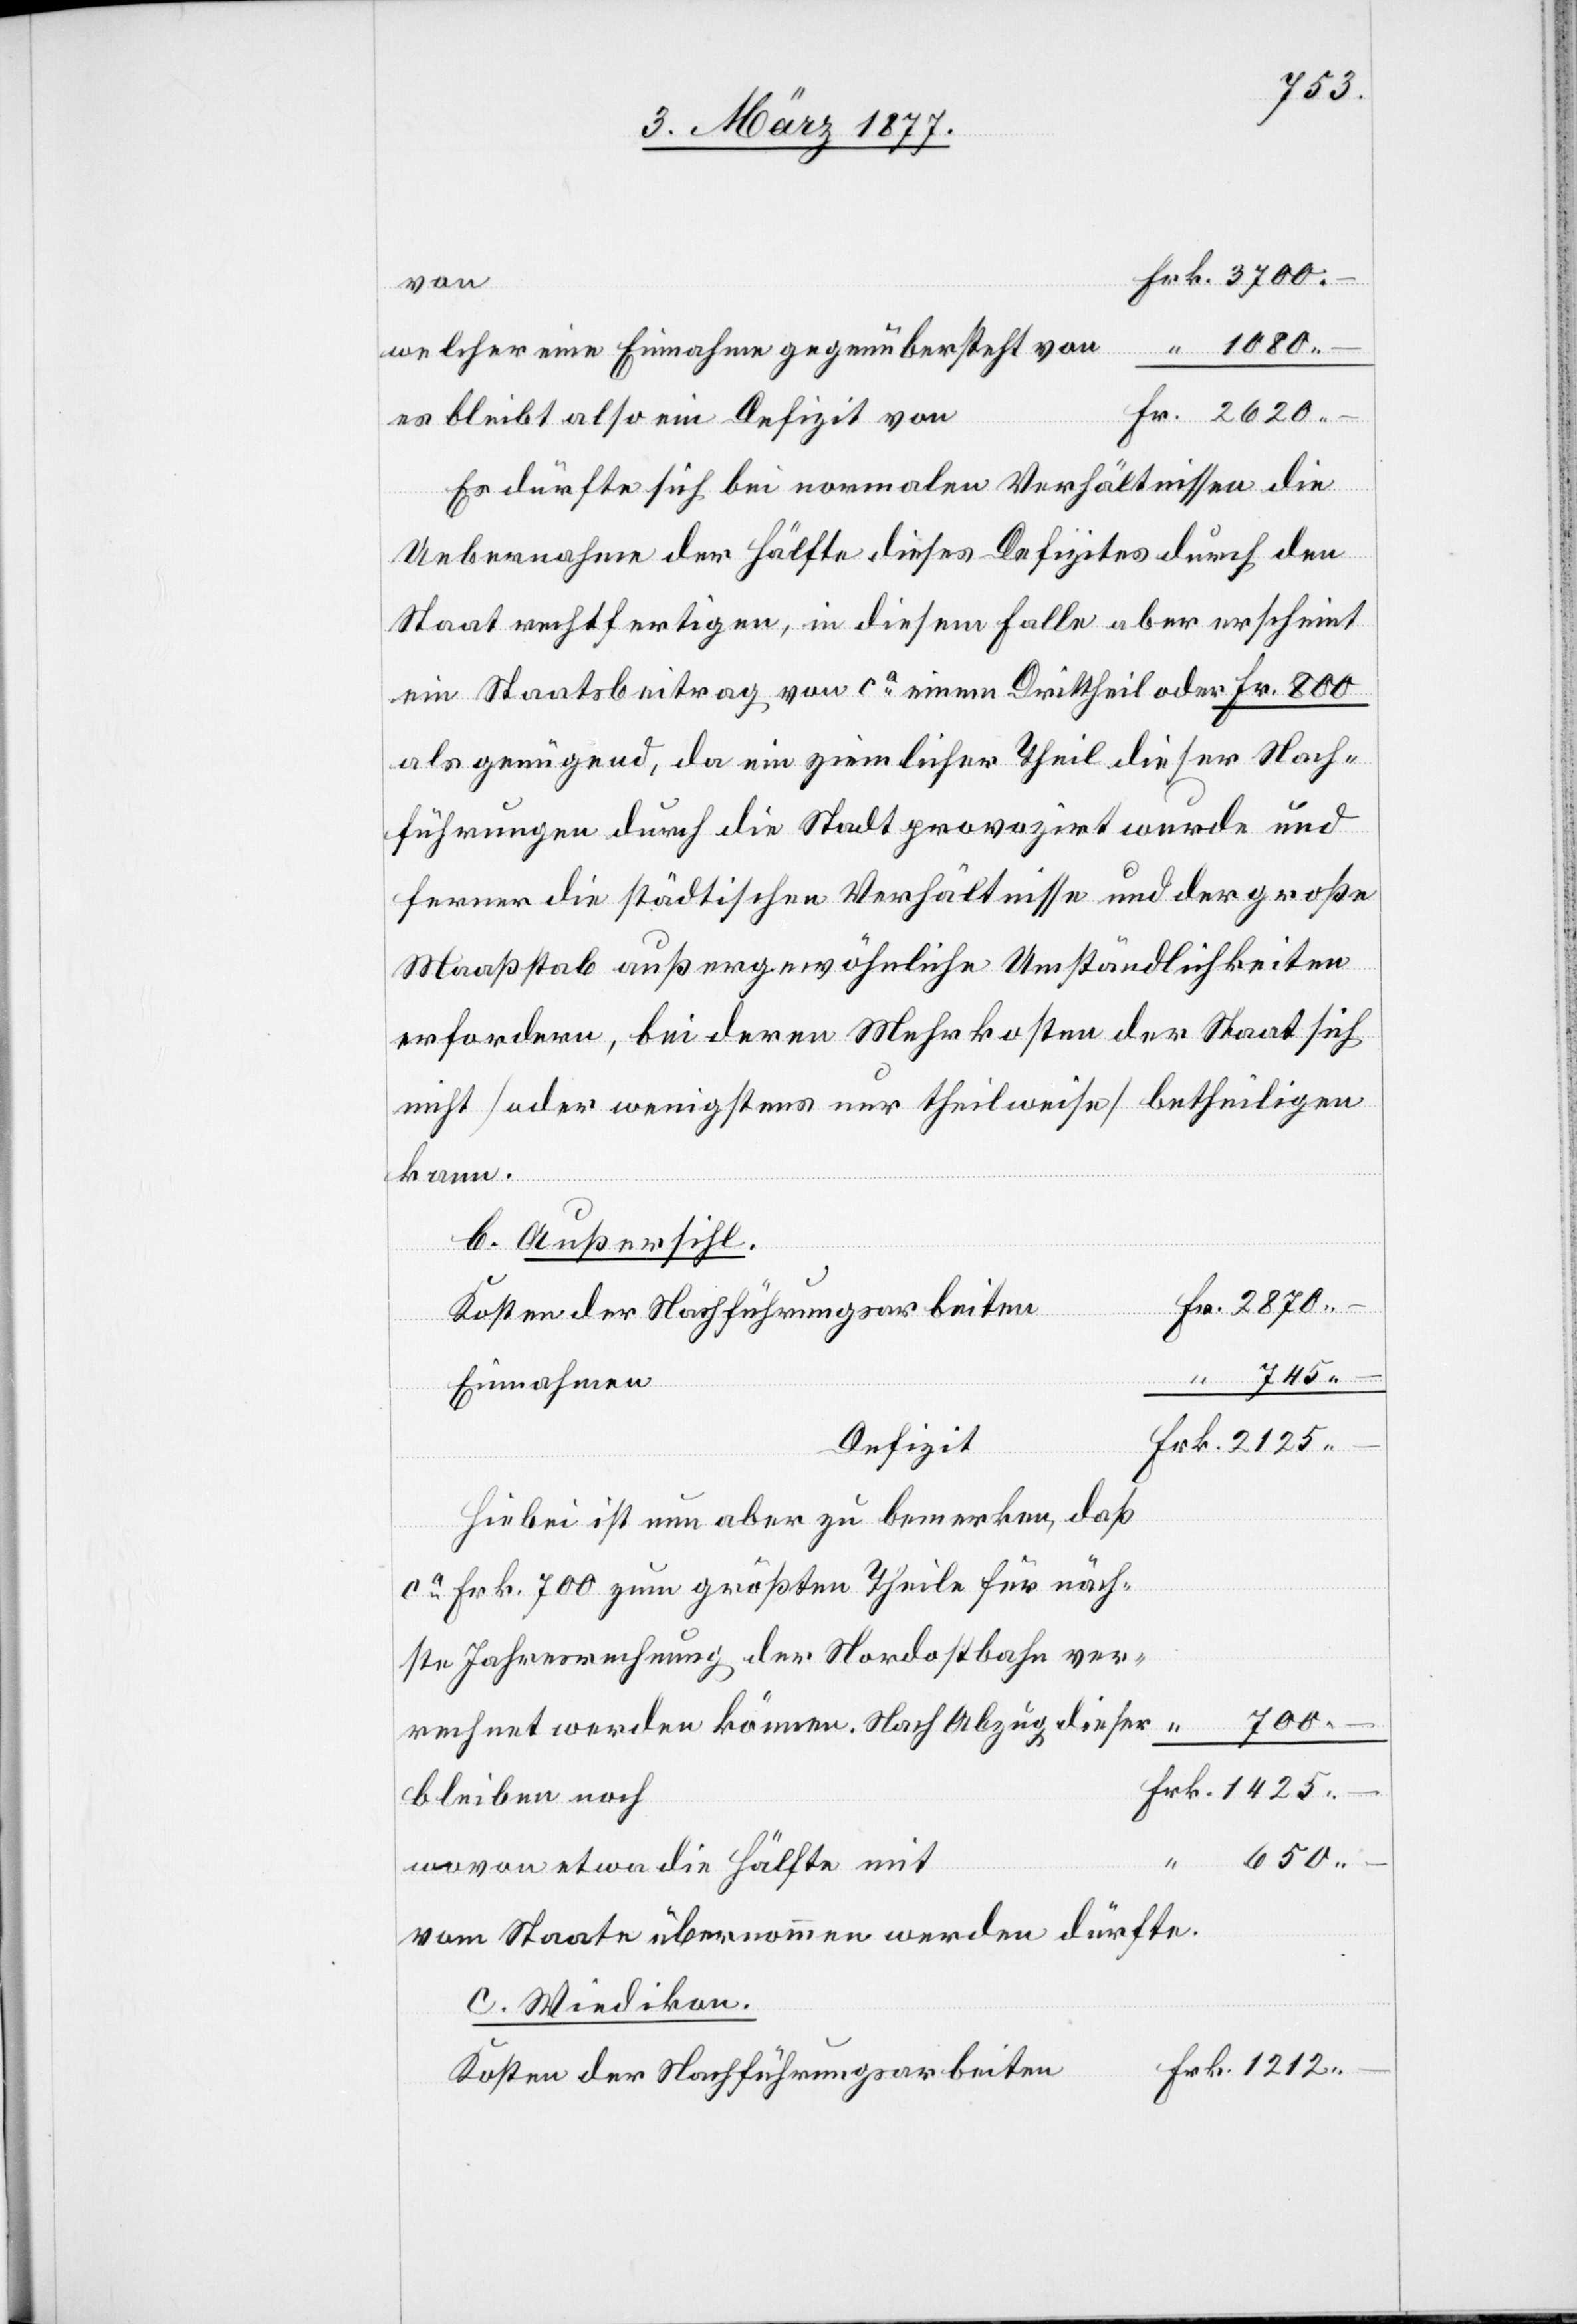
1425.
welcher eine Einnahme gegenübersteht von
es bleibt also ein Defizit von
Es dürfte sich bei normalen Verhältnissen die
Uebernahme der Hälfte dieses Defizites durch den
Staat rechtfertigen, in diesem Falle aber erscheint
ein Staatsbeitrag von ca einem Drittheil oder Fr. 800
als genügend, da ein ziemlicher Theil dieser Nach¬
führungen durch die Stadt provozirt wurde und
ferner die städtischen Verhältnisse und der große
Maaßstab außergewöhnliche Umständlichkeiten
erfordern, bei deren Mehrkosten der Staat sich
nicht [oder wenigstens nur theilweise] betheiligen
kann.
b. Außersihl.
745. –
Einnahmen
Defizit
Hiebei ist nun aber zu bemerken, daß
ca Frk. 700 zum größten Theile für näch¬
ste Jahresrechnung der Nordostbahn ver¬
700.
rechnet werden können. Nach Abzug
bleiben noch
650.
wovon etwa die Hälfte mit
vom Staate übernommen werden dürfte.
c. Wiedikon.
Kosten der Nachführungsarbeiten

–